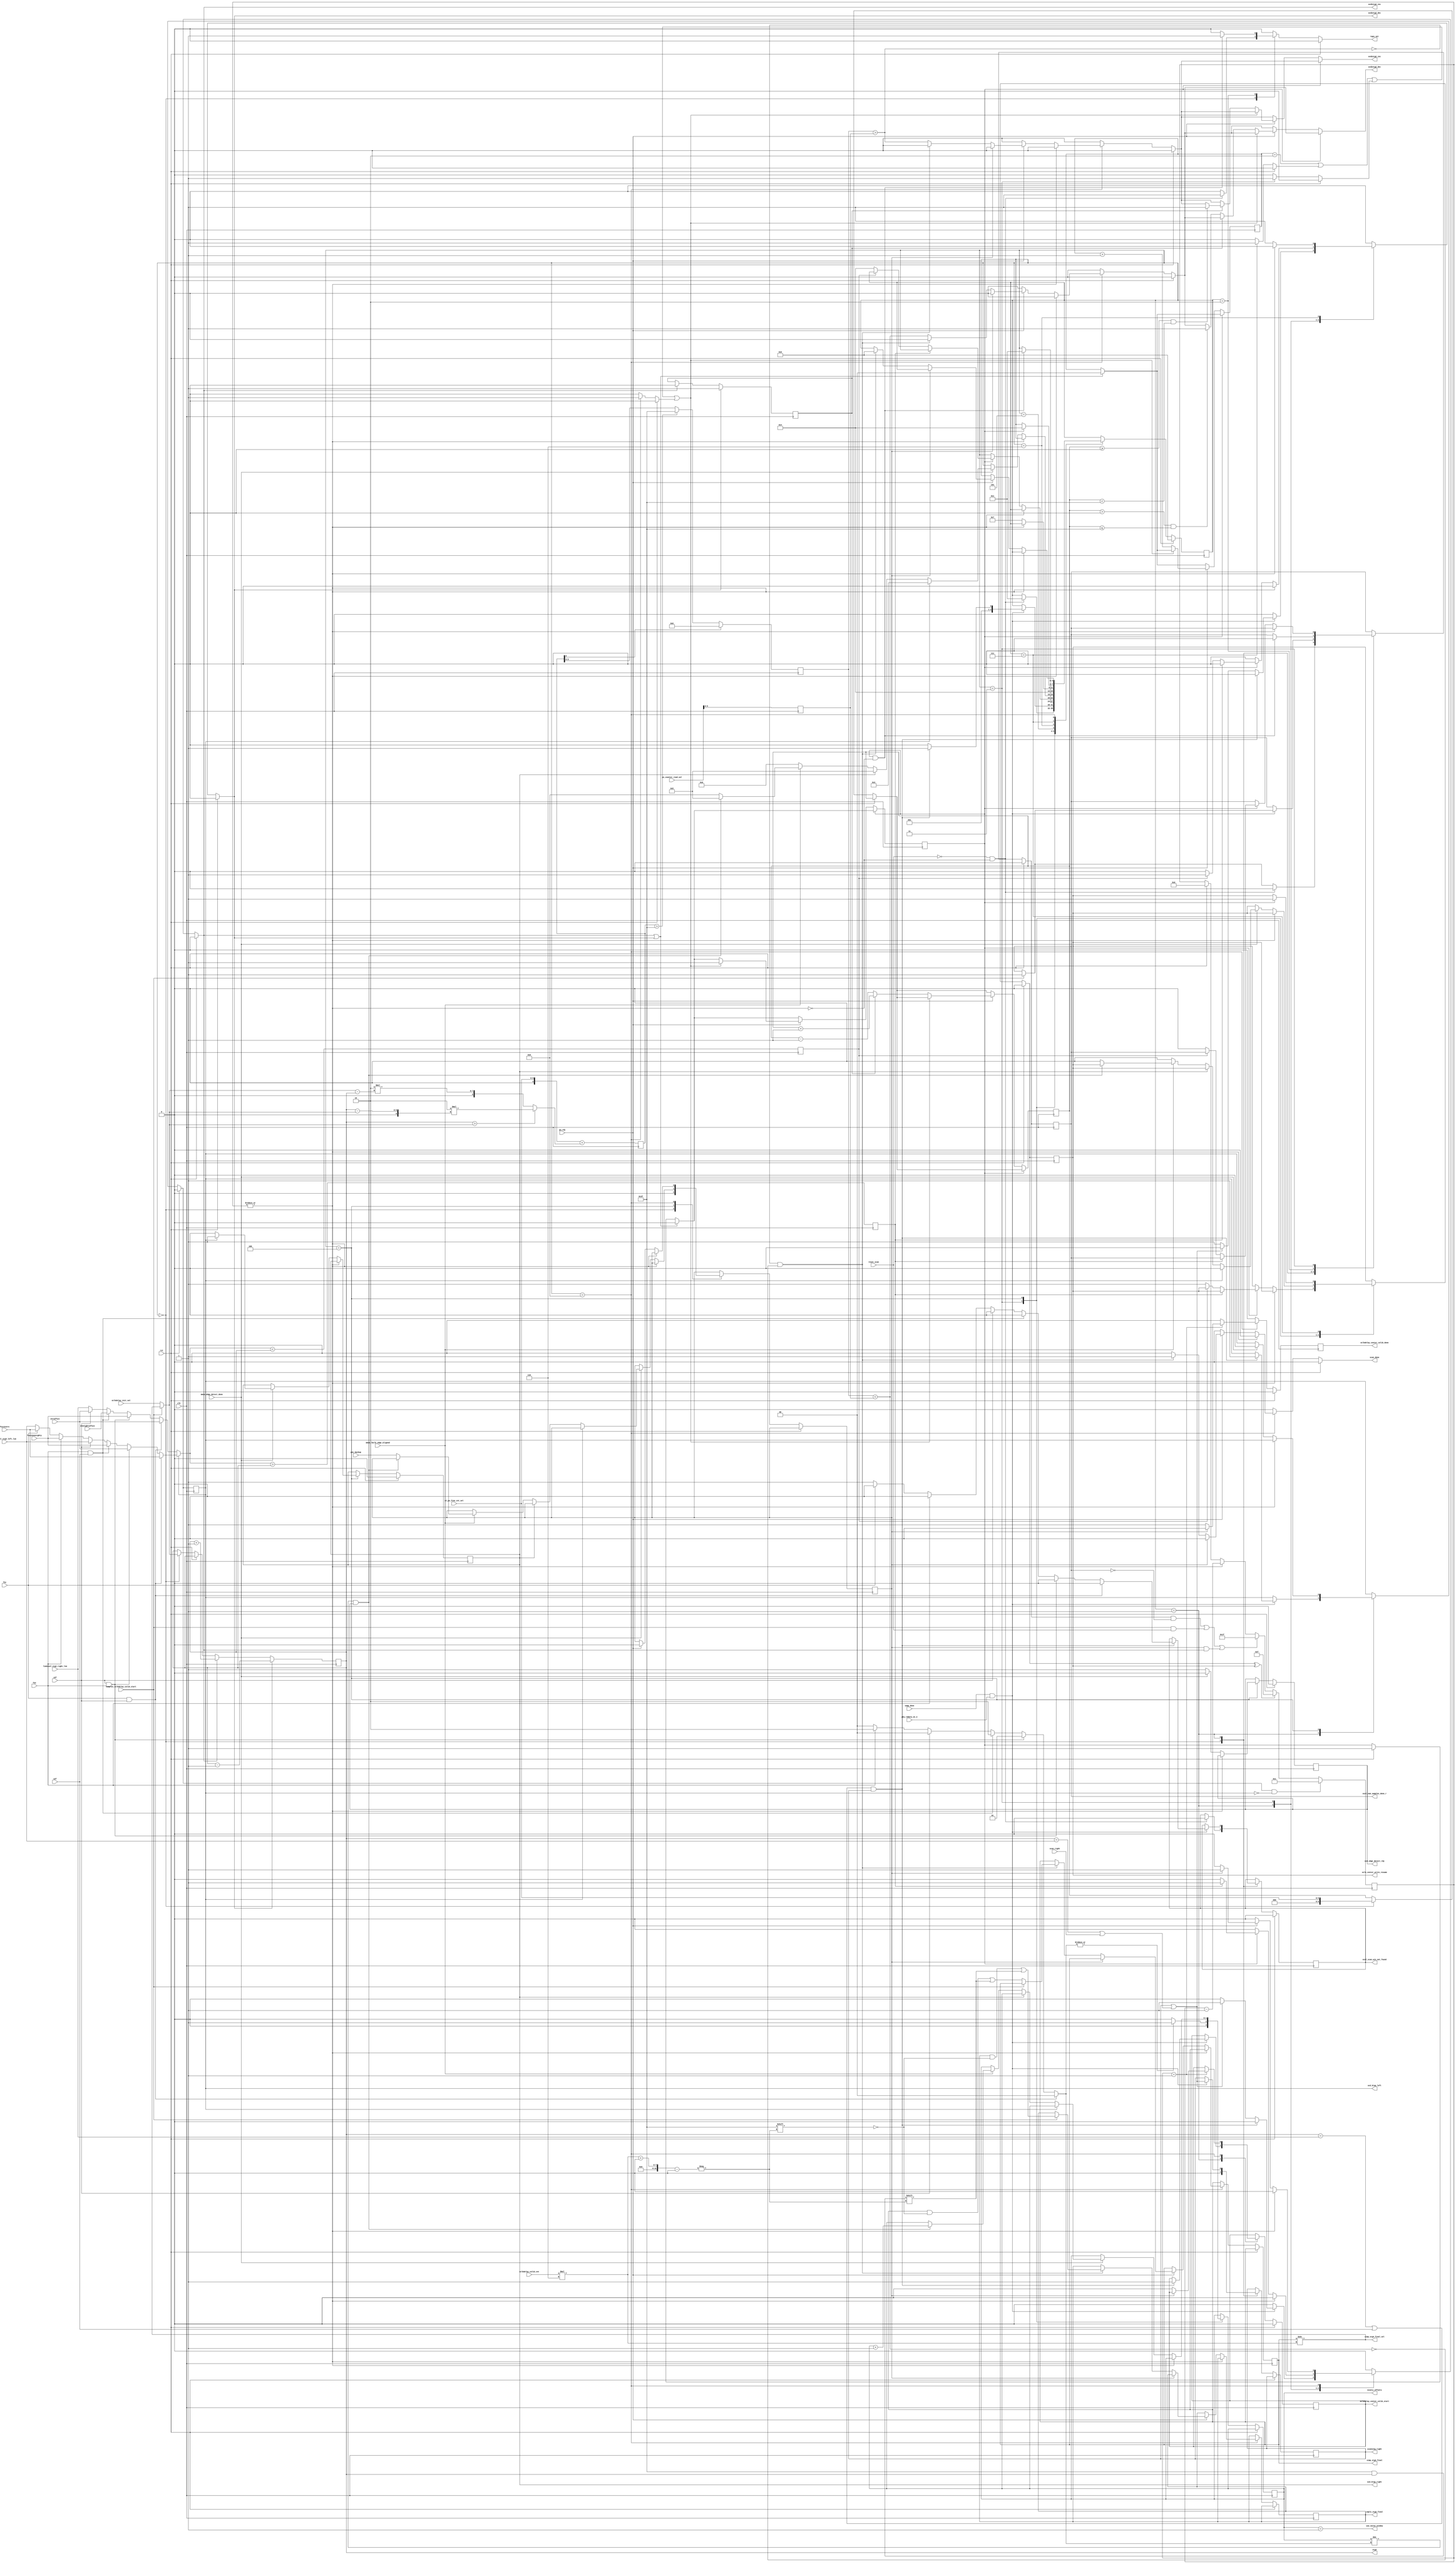

//*****************************************************************************
// (c) Copyright 2009 - 2013 Xilinx, Inc. All rights reserved.
//
// This file contains confidential and proprietary information
// of Xilinx, Inc. and is protected under U.S. and
// international copyright and other intellectual property
// laws.
//
// DISCLAIMER
// This disclaimer is not a license and does not grant any
// rights to the materials distributed herewith. Except as
// otherwise provided in a valid license issued to you by
// Xilinx, and to the maximum extent permitted by applicable
// law: (1) THESE MATERIALS ARE MADE AVAILABLE "AS IS" AND
// WITH ALL FAULTS, AND XILINX HEREBY DISCLAIMS ALL WARRANTIES
// AND CONDITIONS, EXPRESS, IMPLIED, OR STATUTORY, INCLUDING
// BUT NOT LIMITED TO WARRANTIES OF MERCHANTABILITY, NON-
// INFRINGEMENT, OR FITNESS FOR ANY PARTICULAR PURPOSE; and
// (2) Xilinx shall not be liable (whether in contract or tort,
// including negligence, or under any other theory of
// liability) for any loss or damage of any kind or nature
// related to, arising under or in connection with these
// materials, including for any direct, or any indirect,
// special, incidental, or consequential loss or damage
// (including loss of data, profits, goodwill, or any type of
// loss or damage suffered as a result of any action brought
// by a third party) even if such damage or loss was
// reasonably foreseeable or Xilinx had been advised of the
// possibility of the same.
//
// CRITICAL APPLICATIONS
// Xilinx products are not designed or intended to be fail-
// safe, or for use in any application requiring fail-safe
// performance, such as life-support or safety devices or
// systems, Class III medical devices, nuclear facilities,
// applications related to the deployment of airbags, or any
// other applications that could lead to death, personal
// injury, or severe property or environmental damage
// (individually and collectively, "Critical
// Applications"). Customer assumes the sole risk and
// liability of any use of Xilinx products in Critical
// Applications, subject only to applicable laws and
// regulations governing limitations on product liability.
//
// THIS COPYRIGHT NOTICE AND DISCLAIMER MUST BE RETAINED AS
// PART OF THIS FILE AT ALL TIMES.
//
//*****************************************************************************
//   ____  ____
//  /   /\/   /
// /___/  \  /    Vendor: Xilinx
// \   \   \/     Version: %version
//  \   \         Application: MIG
//  /   /         Filename: ddr_phy_v2_3_phy_ocd_po_cntlr.v
// /___/   /\     Date Last Modified: $Date: 2011/02/25 02:07:40 $
// \   \  /  \    Date Created: Aug 03 2009 
//  \___\/\___\
//
//Device: 7 Series
//Design Name: DDR3 SDRAM
//Purpose: Manipulates phaser out stg2f and stg3 on behalf of
// scan and DQS centering.
//
// Maintains a shadow of the phaser out stg2f and stg3 tap settings.
// The stg3 shadow is 6 bits, just like the phaser out.  stg2f is
// 8 bits.  This allows the po_cntlr to track how far past the stg2f
// saturation points we have gone when stepping to the limits of stg3.
// This way we're can stay in sync when we step back from the saturation
// limits.
//
// Looks at the edge values and determines which case has been
// detected by the scan.  Uses the results to drive the centering.
//
// Main state machine waits until it sees reset_scan go to zero.  While
// waiting it is writing the initialzation values to the stg2 and stg3
// shadows.  When reset_scan goes low, taps_set is pulsed.  This
// tells the sampling block to begin sampling.  When the sampling
// block has finished sampling this setting of the phaser out taps,
// is signals by setting samp_done.  When the main state machine
// sees samp_done it sets the next value in the phaser out and
// waits for the phaser out to be ready before beginning the next
// sample.
//
// Turns out phy_init is sensitive to the length of the ocal_num_samples_done
// pulse.  Something like a precharge and activate time.  Added feature
// to resume_wait to wait at least 32 cycles between assertion and
// subsequent deassertion of ocal_num_samples_done.
//
// Also turns out phy_init needs help to get into consistent
// starting state for complex cal.  This can be done by preseting
// ocal_num_samples_done to one.  Then waiting for 32 fabric clocks,
// turn off _done and then assert _resume.
//
// Scanning algorithm.
//
// Phaser manipulation algoritm.
// 
//Reference:
//Revision History:
//*****************************************************************************

`timescale 1ps/1ps

module mig_7series_v2_3_ddr_phy_ocd_po_cntlr #
  (parameter DQS_CNT_WIDTH       = 3,
   parameter DQS_WIDTH           = 8,
   parameter nCK_PER_CLK         = 4,
   parameter TCQ                 = 100)
  (/*AUTOARG*/
  // Outputs
  scan_done, ocal_num_samples_done_r, oclkdelay_center_calib_start,
  oclkdelay_center_calib_done, oclk_center_write_resume, ocd2stg2_inc,
  ocd2stg2_dec, ocd2stg3_inc, ocd2stg3_dec, stg3, simp_stg3_final,
  cmplx_stg3_final, simp_stg3_final_sel, ninety_offsets,
  scanning_right, ocd_ktap_left, ocd_ktap_right, ocd_edge_detect_rdy,
  taps_set, use_noise_window, ocal_scan_win_not_found,
  // Inputs
  clk, rst, reset_scan, oclkdelay_init_val, lim2ocal_stg3_right_lim,
  lim2ocal_stg3_left_lim, complex_oclkdelay_calib_start,
  po_counter_read_val, oclkdelay_calib_cnt, mmcm_edge_detect_done,
  mmcm_lbclk_edge_aligned, poc_backup, phy_rddata_en_3, zero2fuzz,
  fuzz2zero, oneeighty2fuzz, fuzz2oneeighty, z2f, f2z, o2f, f2o,
  scan_right, samp_done, wl_po_fine_cnt_sel, po_rdy
  );
 
  input clk;
  input rst;
 
  input reset_scan;
  reg scan_done_r;
  output scan_done;
  assign scan_done = scan_done_r;
  output [5:0] simp_stg3_final_sel;

  reg cmplx_samples_done_ns, cmplx_samples_done_r;
  always @(posedge clk) cmplx_samples_done_r <= #TCQ cmplx_samples_done_ns;
  output ocal_num_samples_done_r;
  assign ocal_num_samples_done_r = cmplx_samples_done_r;

  // Write Level signals during OCLKDELAY calibration
  input [5:0] oclkdelay_init_val;
  input [5:0] lim2ocal_stg3_right_lim;
  input [5:0] lim2ocal_stg3_left_lim;

  input complex_oclkdelay_calib_start;

  reg oclkdelay_center_calib_start_ns, oclkdelay_center_calib_start_r;
  always @(posedge clk) oclkdelay_center_calib_start_r <= #TCQ oclkdelay_center_calib_start_ns;
  output oclkdelay_center_calib_start;
  assign oclkdelay_center_calib_start = oclkdelay_center_calib_start_r;

  reg oclkdelay_center_calib_done_ns, oclkdelay_center_calib_done_r;
  always @(posedge clk) oclkdelay_center_calib_done_r <= #TCQ oclkdelay_center_calib_done_ns;
  output oclkdelay_center_calib_done;
  assign oclkdelay_center_calib_done = oclkdelay_center_calib_done_r;

  reg oclk_center_write_resume_ns, oclk_center_write_resume_r;
  always @(posedge clk) oclk_center_write_resume_r <= #TCQ oclk_center_write_resume_ns;
  output oclk_center_write_resume;
  assign oclk_center_write_resume = oclk_center_write_resume_r;

  reg ocd2stg2_inc_r, ocd2stg2_dec_r, ocd2stg3_inc_r, ocd2stg3_dec_r;
  output ocd2stg2_inc, ocd2stg2_dec, ocd2stg3_inc, ocd2stg3_dec;
  assign ocd2stg2_inc = ocd2stg2_inc_r;
  assign ocd2stg2_dec = ocd2stg2_dec_r;
  assign ocd2stg3_inc = ocd2stg3_inc_r;
  assign ocd2stg3_dec = ocd2stg3_dec_r;

  // Remember, two stage 2 steps for every stg 3 step.  And we need a sign bit.
  reg [8:0] stg2_ns, stg2_r;
  always @(posedge clk) stg2_r <= #TCQ stg2_ns;
 
  reg [5:0] stg3_ns, stg3_r;
  always @(posedge clk) stg3_r <= #TCQ stg3_ns;
  output [5:0] stg3;
  assign stg3 = stg3_r;

  input [5:0] wl_po_fine_cnt_sel;
  
  input [8:0] po_counter_read_val;
  reg [5:0] po_counter_read_val_r;
  always @(posedge clk) po_counter_read_val_r <= #TCQ po_counter_read_val[5:0];

  reg [DQS_WIDTH*6-1:0] simp_stg3_final_ns, simp_stg3_final_r, cmplx_stg3_final_ns, cmplx_stg3_final_r;
  always @(posedge clk) simp_stg3_final_r <= #TCQ simp_stg3_final_ns;
  always @(posedge clk) cmplx_stg3_final_r <= #TCQ cmplx_stg3_final_ns;
  output [DQS_WIDTH*6-1:0] simp_stg3_final, cmplx_stg3_final;
  assign simp_stg3_final = simp_stg3_final_r;
  assign cmplx_stg3_final = cmplx_stg3_final_r;
  
  input [DQS_CNT_WIDTH:0] oclkdelay_calib_cnt;
  wire [DQS_WIDTH*6-1:0] simp_stg3_final_shft = simp_stg3_final_r >> oclkdelay_calib_cnt * 6;
  assign simp_stg3_final_sel = simp_stg3_final_shft[5:0];
  wire [5:0] stg3_init = complex_oclkdelay_calib_start ? simp_stg3_final_sel : oclkdelay_init_val;
  
  wire signed [8:0] stg2_steps = stg3_r > stg3_init 
                                   ? -9'sd2 * $signed({3'b0, (stg3_r - stg3_init)})
                                   : 9'sd2 * $signed({3'b0, (stg3_init - stg3_r)});

  wire signed [8:0] stg2_target_ns = $signed({3'b0, wl_po_fine_cnt_sel}) + stg2_steps;
  reg signed [8:0] stg2_target_r;
  always @ (posedge clk) stg2_target_r <= #TCQ stg2_target_ns;

  reg [5:0] stg2_final_ns, stg2_final_r;
  always @(posedge clk) stg2_final_r <= #TCQ stg2_final_ns;
  always @(*) stg2_final_ns = stg2_target_r[8] == 1'b1
	                        ? 6'd0
	                        : stg2_target_r > 9'd63
	                          ? 6'd63
	                          : stg2_target_r[5:0];
						   
  wire final_stg2_inc = stg2_final_r > po_counter_read_val_r;
  wire final_stg2_dec = stg2_final_r < po_counter_read_val_r;
  
  wire left_lim = stg3_r == lim2ocal_stg3_left_lim;
  wire right_lim = stg3_r == lim2ocal_stg3_right_lim;

  reg [1:0] ninety_offsets_ns, ninety_offsets_r;
  always @(posedge clk) ninety_offsets_r <= #TCQ ninety_offsets_ns;
  output [1:0] ninety_offsets;
  assign ninety_offsets = ninety_offsets_r;

  reg scanning_right_ns, scanning_right_r;
  always @(posedge clk) scanning_right_r <= #TCQ scanning_right_ns;
  output scanning_right;
  assign scanning_right = scanning_right_r;

  reg ocd_ktap_left_ns, ocd_ktap_left_r, ocd_ktap_right_ns, ocd_ktap_right_r;
  always @(posedge clk) ocd_ktap_left_r <= #TCQ ocd_ktap_left_ns;
  always @(posedge clk) ocd_ktap_right_r <= #TCQ ocd_ktap_right_ns;
  output ocd_ktap_left, ocd_ktap_right;
  assign ocd_ktap_left = ocd_ktap_left_r;
  assign ocd_ktap_right = ocd_ktap_right_r;

  reg ocd_edge_detect_rdy_ns, ocd_edge_detect_rdy_r;
  always @(posedge clk) ocd_edge_detect_rdy_r <= #TCQ ocd_edge_detect_rdy_ns;
  output ocd_edge_detect_rdy;
  assign ocd_edge_detect_rdy = ocd_edge_detect_rdy_r;
  
  input mmcm_edge_detect_done;
  input mmcm_lbclk_edge_aligned;
  input poc_backup;
  reg poc_backup_ns, poc_backup_r;
  always @(posedge clk) poc_backup_r <= #TCQ poc_backup_ns;

  reg taps_set_r;
  output taps_set;
  assign taps_set = taps_set_r;

  input phy_rddata_en_3;

  input [5:0] zero2fuzz, fuzz2zero, oneeighty2fuzz, fuzz2oneeighty;
  input z2f, f2z, o2f, f2o;

  wire zero = f2z && z2f;
  wire noise = z2f && f2o;
  wire oneeighty = f2o && o2f;

  reg win_not_found;
  reg [1:0] ninety_offsets_final;
  reg [5:0] left, right, current_edge;
  always @(*) begin
    left = lim2ocal_stg3_left_lim;
    right = lim2ocal_stg3_right_lim;
    ninety_offsets_final = 2'd0;
    win_not_found = 1'b0;
    if (zero) begin
      left = fuzz2zero;
      right = zero2fuzz;
    end
    else if (noise) begin
      left = zero2fuzz;
      right = fuzz2oneeighty;
      ninety_offsets_final = 2'd1;
    end
    else if (oneeighty) begin
      left = fuzz2oneeighty;
      right = oneeighty2fuzz;
      ninety_offsets_final = 2'd2;
    end
    else if (z2f) begin
      right = zero2fuzz;
    end
    else if (f2o) begin
      left = fuzz2oneeighty;
      ninety_offsets_final = 2'd2;
    end
    else if (f2z) begin
      left = fuzz2zero;
    end
    else win_not_found = 1'b1;
    current_edge = ocd_ktap_left_r ? left : right;
  end // always @ begin

  output use_noise_window;
  assign use_noise_window = ninety_offsets == 2'd1;

  reg ocal_scan_win_not_found_ns, ocal_scan_win_not_found_r;
  always @(posedge clk) ocal_scan_win_not_found_r <= #TCQ ocal_scan_win_not_found_ns;
  output ocal_scan_win_not_found;
  assign ocal_scan_win_not_found = ocal_scan_win_not_found_r;

  wire inc_po_ns = current_edge > stg3_r;
  wire dec_po_ns = current_edge < stg3_r;
  reg inc_po_r, dec_po_r;
  always @(posedge clk) inc_po_r <= #TCQ inc_po_ns;
  always @(posedge clk) dec_po_r <= #TCQ dec_po_ns;

  input scan_right;
  
  wire left_stop = left_lim || scan_right;
  wire right_stop = right_lim || o2f;

  reg [4:0] resume_wait_ns, resume_wait_r;
  always @(posedge clk) resume_wait_r <= #TCQ resume_wait_ns;

  wire resume_wait = |resume_wait_r;
  
  reg po_done_ns, po_done_r;
  always @(posedge clk) po_done_r <= #TCQ po_done_ns;
  
  input samp_done;
  
  input po_rdy;
  
  reg up_ns, up_r;
  always @(posedge clk) up_r <= #TCQ up_ns;
  
  reg [1:0] two_ns, two_r;
  always @(posedge clk) two_r <= #TCQ two_ns;

 
/*  wire stg2_zero = ~|stg2_r;
  wire [8:0] stg2_2_zero = stg2_r[8] ? 9'd0 
                                     : stg2_r > 9'd63
                                       ? 9'd63
                                       : stg2_r; */

  reg [3:0] sm_ns, sm_r;
  always @(posedge clk) sm_r <= #TCQ sm_ns;

  (* dont_touch = "true" *) reg phy_rddata_en_3_second_ns, phy_rddata_en_3_second_r;
  always @(posedge clk) phy_rddata_en_3_second_r <= #TCQ phy_rddata_en_3_second_ns;
  always @(*) phy_rddata_en_3_second_ns = ~reset_scan && (phy_rddata_en_3 
                                                    ? ~phy_rddata_en_3_second_r 
                                                    : phy_rddata_en_3_second_r);
  (* dont_touch = "true" *) wire use_samp_done = nCK_PER_CLK == 2 ? phy_rddata_en_3 && phy_rddata_en_3_second_r : phy_rddata_en_3;

  reg po_center_wait;
  reg po_slew;
  reg po_finish_scan;
  
  always @(*) begin

  // Default next state assignments.

    cmplx_samples_done_ns = cmplx_samples_done_r;
    cmplx_stg3_final_ns = cmplx_stg3_final_r;
    scanning_right_ns = scanning_right_r;
    ninety_offsets_ns = ninety_offsets_r;
    ocal_scan_win_not_found_ns = ocal_scan_win_not_found_r;
    ocd_edge_detect_rdy_ns = ocd_edge_detect_rdy_r;
    ocd_ktap_left_ns = ocd_ktap_left_r;
    ocd_ktap_right_ns = ocd_ktap_right_r;
    ocd2stg2_inc_r = 1'b0;
    ocd2stg2_dec_r = 1'b0;
    ocd2stg3_inc_r = 1'b0;
    ocd2stg3_dec_r = 1'b0;
    oclkdelay_center_calib_start_ns = oclkdelay_center_calib_start_r;
    oclkdelay_center_calib_done_ns = 1'b0;
    oclk_center_write_resume_ns = oclk_center_write_resume_r;
    po_center_wait = 1'b0;
    po_done_ns = po_done_r;
    po_finish_scan = 1'b0;
    po_slew = 1'b0;
    poc_backup_ns = poc_backup_r;
    scan_done_r = 1'b0;
    simp_stg3_final_ns = simp_stg3_final_r;
    sm_ns = sm_r;
    taps_set_r = 1'b0;
    up_ns = up_r;
    stg2_ns = stg2_r;
    stg3_ns = stg3_r;
    two_ns = two_r;
    resume_wait_ns = resume_wait_r;
    
    if (rst == 1'b1) begin
      
  // RESET next states
      cmplx_samples_done_ns = 1'b0;
      ocal_scan_win_not_found_ns = 1'b0;
      ocd_ktap_left_ns = 1'b0;
      ocd_ktap_right_ns = 1'b0;
      ocd_edge_detect_rdy_ns = 1'b0;
      oclk_center_write_resume_ns = 1'b0;
      oclkdelay_center_calib_start_ns = 1'b0;
      po_done_ns = 1'b1;
      resume_wait_ns = 5'd0;
      sm_ns = /*AK("READY")*/4'd0;
      
    end else
      
  // State based actions and next states. 
      case (sm_r)

        /*AL("READY")*/4'd0:begin
	  poc_backup_ns = 1'b0;
	  stg2_ns = {3'b0, wl_po_fine_cnt_sel};
          stg3_ns = stg3_init;
	  scanning_right_ns = 1'b0;
	  if (complex_oclkdelay_calib_start) cmplx_samples_done_ns = 1'b1;
	  if (!reset_scan && ~resume_wait) begin
	    cmplx_samples_done_ns = 1'b0;
	    ocal_scan_win_not_found_ns = 1'b0;
	    taps_set_r = 1'b1;
	    sm_ns = /*AK("SAMPLING")*/4'd1;
	  end
        end

        /*AL("SAMPLING")*/4'd1:begin
	    if (samp_done && use_samp_done) begin
	      if (complex_oclkdelay_calib_start) cmplx_samples_done_ns = 1'b1;
	      scanning_right_ns = scanning_right_r || left_stop;
	      if (right_stop && scanning_right_r) begin
		oclkdelay_center_calib_start_ns = 1'b1;
		ocd_ktap_left_ns = 1'b1;
		ocal_scan_win_not_found_ns = win_not_found;
		sm_ns = /*AK("SLEW_PO")*/4'd3;
	      end else begin
		if (scanning_right_ns) ocd2stg3_inc_r = 1'b1;
		else ocd2stg3_dec_r = 1'b1;
	        sm_ns = /*AK("PO_WAIT")*/4'd2;
	      end
	    end
	end

	/*AL("PO_WAIT")*/4'd2:begin
	    if (po_done_r && ~resume_wait) begin
	      taps_set_r = 1'b1;
	      sm_ns = /*AK("SAMPLING")*/4'd1;
	      cmplx_samples_done_ns = 1'b0;
	    end
	end

	/*AL("SLEW_PO")*/4'd3:begin
	    po_slew = 1'b1;
	    ninety_offsets_ns = |ninety_offsets_final ? 2'b01 : 2'b00;
	    if (~resume_wait) begin
	      if (po_done_r) begin
                if (inc_po_r) ocd2stg3_inc_r = 1'b1;
                else if (dec_po_r) ocd2stg3_dec_r = 1'b1;
	        else if (~resume_wait) begin
		  cmplx_samples_done_ns = 1'b0;
                  sm_ns = /*AK("ALIGN_EDGES")*/4'd4;
		  oclk_center_write_resume_ns = 1'b1;
	        end
	      end // if (po_done)
	    end
	end // case: 3'd3

	/*AL("ALIGN_EDGES")*/4'd4:
	    if (~resume_wait) begin 
	      if (mmcm_edge_detect_done) begin
	        ocd_edge_detect_rdy_ns = 1'b0;
      	        if (ocd_ktap_left_r) begin
		  ocd_ktap_left_ns = 1'b0;
		  ocd_ktap_right_ns = 1'b1;
		  oclk_center_write_resume_ns = 1'b0;
	          sm_ns = /*AK("SLEW_PO")*/4'd3;
	         end else if (ocd_ktap_right_r) begin
		   ocd_ktap_right_ns = 1'b0;
		   sm_ns =  /*AK("WAIT_ONE")*/4'd5;
		 end else if (~mmcm_lbclk_edge_aligned) begin
		    sm_ns = /*AK("DQS_STOP_WAIT")*/4'd6;
		    oclk_center_write_resume_ns = 1'b0;  
	         end else begin
                     if (ninety_offsets_r != ninety_offsets_final && ocd_edge_detect_rdy_r) begin
                       ninety_offsets_ns = ninety_offsets_r + 2'b01;
		       sm_ns = /*AK("WAIT_ONE")*/4'd5;
		     end else begin
		       oclk_center_write_resume_ns = 1'b0;
		       poc_backup_ns = poc_backup;
//		       stg2_ns = stg2_2_zero;
                       sm_ns = /*AK("FINISH_SCAN")*/4'd8;
	             end
		  end // else: !if(~mmcm_lbclk_edge_aligned)
	      end else ocd_edge_detect_rdy_ns = 1'b1;
	    end // if (~resume_wait)


       /*AL("WAIT_ONE")*/4'd5:
	 sm_ns = /*AK("ALIGN_EDGES")*/4'd4;
	
       /*AL("DQS_STOP_WAIT")*/4'd6:
	 if (~resume_wait) begin
	   ocd2stg3_dec_r = 1'b1;
	   sm_ns = /*AK("CENTER_PO_WAIT")*/4'd7;
	 end

       /*AL("CENTER_PO_WAIT")*/4'd7: begin
	   po_center_wait = 1'b1;    // Kludge to get around limitation of the AUTOs symbols.
           if (po_done_r) begin
             sm_ns = /*AK("ALIGN_EDGES")*/4'd4;	  
             oclk_center_write_resume_ns = 1'b1;
	   end
       end
	   
       /*AL("FINISH_SCAN")*/4'd8: begin
	 po_finish_scan = 1'b1;
	 if (resume_wait_r == 5'd1) begin
           if (~poc_backup_r) begin
             oclkdelay_center_calib_done_ns = 1'b1;
	     oclkdelay_center_calib_start_ns = 1'b0;
	   end
	 end
	 if (~resume_wait) begin
	   if (po_rdy)
	     if (poc_backup_r) begin
               ocd2stg3_inc_r = 1'b1;
	       poc_backup_ns = 1'b0;
	     end 
             else if (~final_stg2_inc && ~final_stg2_dec) begin
	       if (complex_oclkdelay_calib_start) cmplx_stg3_final_ns[oclkdelay_calib_cnt*6+:6] = stg3_r;
	       else simp_stg3_final_ns[oclkdelay_calib_cnt*6+:6] = stg3_r;
	       sm_ns = /*AK("READY")*/4'd0;
	       scan_done_r = 1'b1;
	     end else begin
	       ocd2stg2_inc_r = final_stg2_inc;
	       ocd2stg2_dec_r = final_stg2_dec;
	     end
	 end // if (~resume_wait)
      end // case: 4'd8
	
      endcase // case (sm_r)

    if (ocd2stg3_inc_r) begin
      stg3_ns = stg3_r + 6'h1;
      up_ns = 1'b0;
    end
    if (ocd2stg3_dec_r) begin
      stg3_ns = stg3_r - 6'h1;
      up_ns = 1'b1;
    end
    if (ocd2stg3_inc_r || ocd2stg3_dec_r) begin
      po_done_ns = 1'b0;
      two_ns = 2'b00;
    end

    if (~po_done_r)
      if (po_rdy)
         if (two_r == 2'b10 || po_center_wait || po_slew || po_finish_scan) po_done_ns = 1'b1;
         else begin
	   two_ns = two_r + 2'b1;
           if (up_r) begin
             stg2_ns = stg2_r + 9'b1;
	     if (stg2_r >= 9'd0 && stg2_r < 9'd63) ocd2stg2_inc_r = 1'b1;
	   end else begin
             stg2_ns = stg2_r - 9'b1;
	     if (stg2_r > 9'd0 && stg2_r <= 9'd63) ocd2stg2_dec_r = 1'b1;
	   end
	 end // else: !if(two_r == 2'b10)

    if (ocd_ktap_left_ns && ~ocd_ktap_left_r) resume_wait_ns = 5'b1;
    else if (oclk_center_write_resume_ns ^ oclk_center_write_resume_r) resume_wait_ns = 5'd15;
    else if (cmplx_samples_done_ns & ~cmplx_samples_done_r || 
             complex_oclkdelay_calib_start & reset_scan ||
             poc_backup_r & ocd2stg3_inc_r) resume_wait_ns = 5'd31;
    else if (|resume_wait_r) resume_wait_ns = resume_wait_r - 5'd1;
    
  end // always @ begin
  
endmodule // mig_7series_v2_3_ddr_phy_ocd_po_cntlr

// Local Variables:
// verilog-autolabel-prefix: "4'd"
// End: